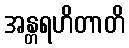
အန္တရဟိတာတိ